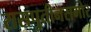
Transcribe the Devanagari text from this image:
रासपुतीनसमोर